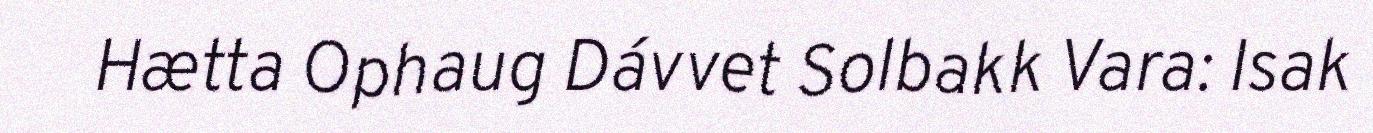
Hætta Ophaug Dávvet Solbakk Vara: Isak